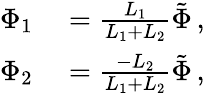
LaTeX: \begin{array}{rl}{\Phi_{1}}&{{}=\frac{L_{1}}{L_{1}+L_{2}}\tilde{\Phi}\, ,}\\ {\Phi_{2}}&{{}=\frac{-L_{2}}{L_{1}+L_{2}}\tilde{\Phi}\, ,}\end{array}